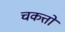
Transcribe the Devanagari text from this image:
चकत्तो